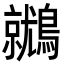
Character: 𪆩